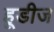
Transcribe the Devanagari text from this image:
हूडीज